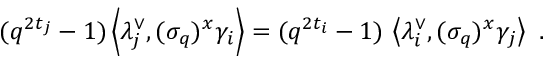
( q ^ { 2 t _ { j } } - 1 ) \left\langle \lambda _ { j } ^ { \vee } , ( \sigma _ { q } ) ^ { x } \gamma _ { i } \right\rangle = ( q ^ { 2 t _ { i } } - 1 ) \, \left\langle \lambda _ { i } ^ { \vee } , ( \sigma _ { q } ) ^ { x } \gamma _ { j } \right\rangle \, \, .